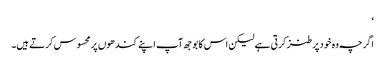
‘
اگرچہ وہ خود پر طنز کرتی ہے لیکن اس کا بوجھ آپ اپنے کندھوں پر محسوس کرتے ہیں۔